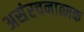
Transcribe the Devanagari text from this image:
असंरचनात्मक